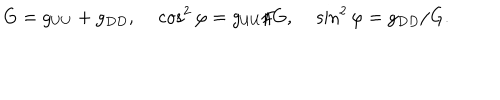
G = g _ { U U } + g _ { D D } , \cos ^ { 2 } \varphi = g _ { U U } / G , \sin ^ { 2 } \varphi = g _ { D D } / G .